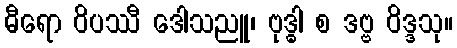
ဓီရော ဝိပဿီ ဒေါသညူ၊ ဗုဒ္ဓါ စ ဒဗ္ဗ ဝိဒ္ဒသု။